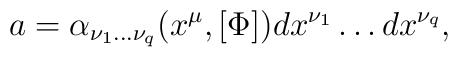
a = \alpha_{\nu_1 \ldots \nu_q}(x^\mu,[\Phi]) dx^{\nu_1} \ldots dx^{\nu_q},